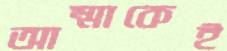
আম্মাকেই